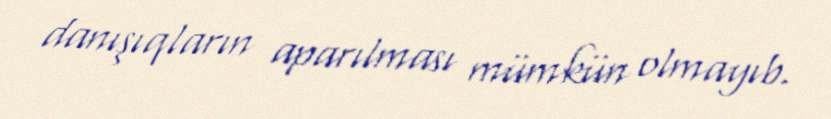
danışıqların aparılması mümkün olmayıb.